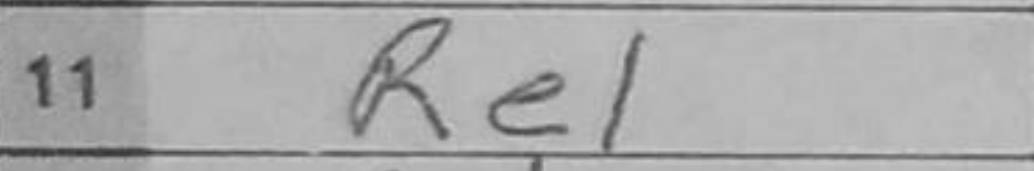
Transcription: Re1